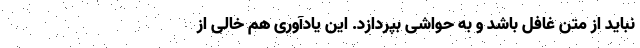
نباید از متن غافل باشد و به حواشی بپردازد. این یادآوری هم خالی از